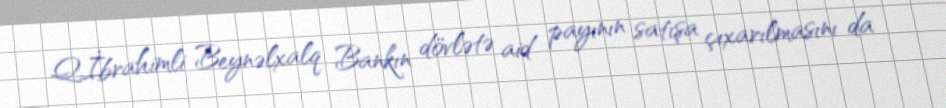
Q.İbrahimli Beynəlxalq Bankın dövlətə aid payının satışa çıxarılmasını da